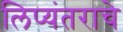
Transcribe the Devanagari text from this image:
लिप्यंतराचे